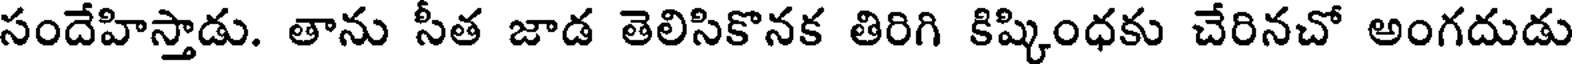
సందేహిస్తాడు. తాను సీత జాడ తెలిసికొనక తిరిగి కిష్కింధకు చేరినచో అంగదుడు